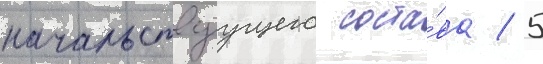
начальствуущего соста́ва / 5